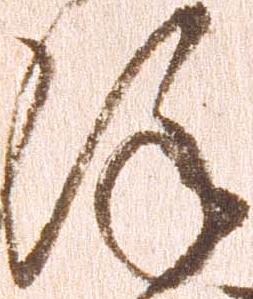
謹